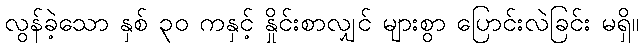
လွန်ခဲ့သော နှစ် ၃၀ ကနှင့် နှိုင်းစာလျှင် များစွာ ပြောင်းလဲခြင်း မရှိ။